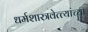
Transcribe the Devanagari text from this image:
धर्मशास्त्रवेत्त्यांच्या